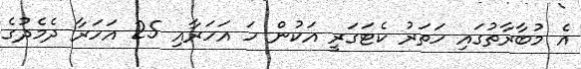
އެ މުބާރާތުގައި ހަތަރު ކެޓަގަރީ އަކުން ހަ އަހަރާއި 25 އަހަރާ ދެމެދުގެ